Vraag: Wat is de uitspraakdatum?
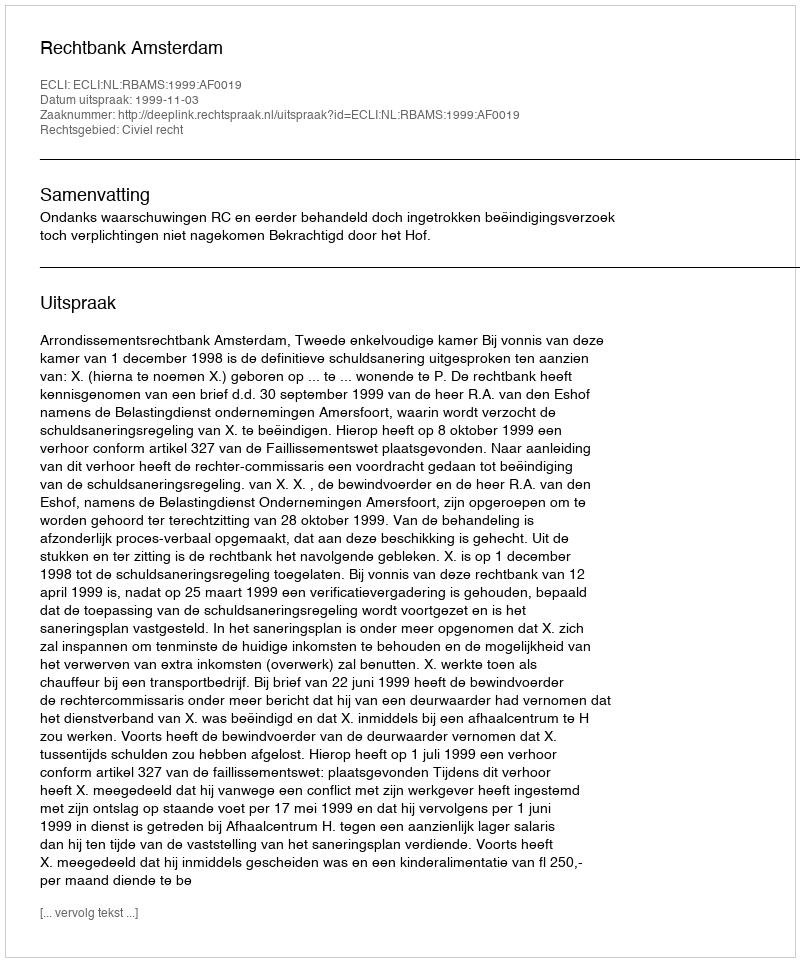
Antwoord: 1999-11-03